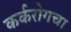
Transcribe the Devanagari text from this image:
कर्करोगचा